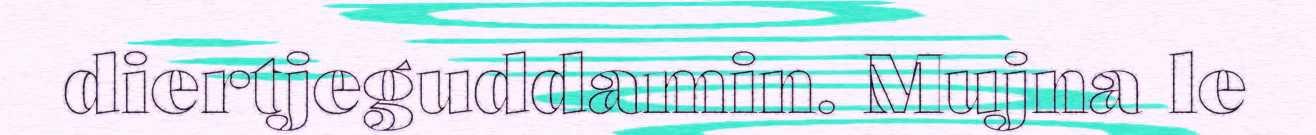
diertjeguddamin. Mujna le